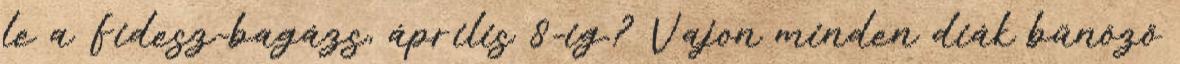
le a Fidesz-bagázs, április 8-ig.? Vajon minden diák bűnöző